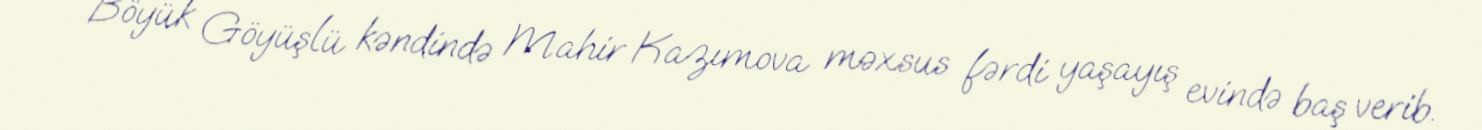
Böyük Göyüşlü kəndində Mahir Kazımova məxsus fərdi yaşayış evində baş verib.